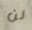
لن